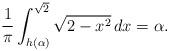
LaTeX: \begin{align*}\frac{1}{\pi}\int_{h(\alpha)}^{\sqrt{2}}\sqrt{2-x^2}\,dx=\alpha.\end{align*}